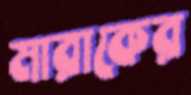
মারাকের